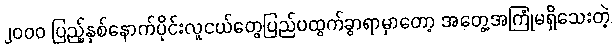
၂၀၀၀ ပြည့်နှစ်နောက်ပိုင်းလူငယ်တွေပြည်ပထွက်ခွာရာမှာတော့ အတွေ့အကြုံမရှိသေးတဲ့